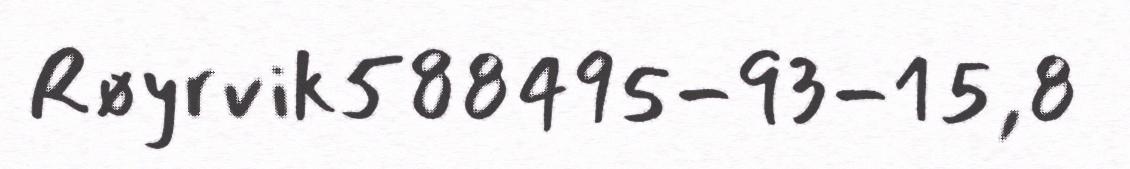
Røyrvik588495-93-15,8